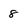
Character: 8